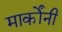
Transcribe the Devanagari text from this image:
मार्कोंनी